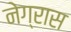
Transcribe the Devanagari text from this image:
नेग्रास